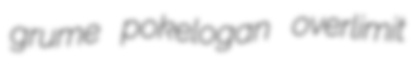
grume pokelogan overlimit